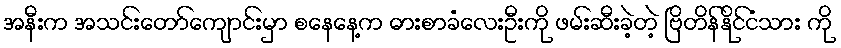
အနီးက အသင်းတော်ကျောင်းမှာ စနေနေ့က ဓားစာခံလေးဦးကို ဖမ်းဆီးခဲ့တဲ့ ဗြိတိန်နိုင်ငံသား ကို